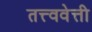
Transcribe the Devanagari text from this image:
तत्त्ववेत्ती